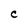
Character: C